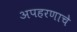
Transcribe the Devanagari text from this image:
अपहरणाचे